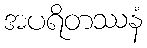
အပရိတဿနံ